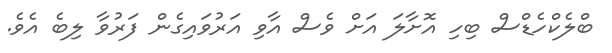
ބްލެކްހެޑްސް ބިހި އޮށާލަ އަށް ވެސް އާވި އަރުވައިގެން ފަރުވާ ލިބެ އެވެ.